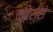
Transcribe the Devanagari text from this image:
कुबेरास